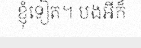
ខ្ញុំទៀត។ បងអីក៏